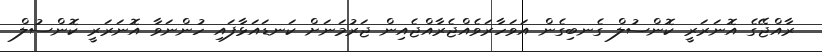
ރާއްޖޭގެ އޮނަރަރީ ކޮންސުލް ގެނބިގެން އަވަހާރަވެއްޖެރާއްޖެއިން ޖަރުމަނަށް ކަނޑައަޅާފައި ހުންނަވާ އޮނަރަރީ ކޮންސުލް